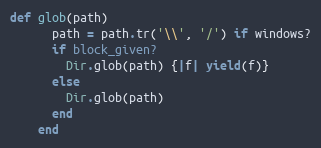
Language: Ruby
def glob(path)
      path = path.tr('\\', '/') if windows?
      if block_given?
        Dir.glob(path) {|f| yield(f)}
      else
        Dir.glob(path)
      end
    end